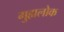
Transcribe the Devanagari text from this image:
गुह्यलोक